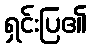
ရှင်းပြ၏